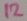
Text: 12